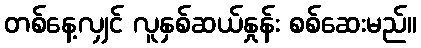
တစ်နေ့လျှင် လူနှစ်ဆယ်နှုန်း စစ်ဆေးမည်။